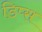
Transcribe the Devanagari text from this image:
डिप्स